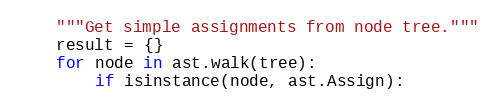
Language: Python
    """Get simple assignments from node tree."""
    result = {}
    for node in ast.walk(tree):
        if isinstance(node, ast.Assign):